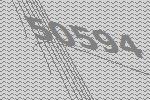
50594